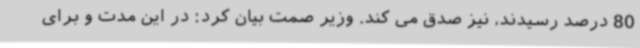
80 درصد رسیدند، نیز صدق می کند. وزیر صمت بیان کرد: در این مدت و برای